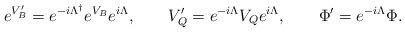
LaTeX: \begin{align*}e^{V_B'}=e^{-i\Lambda^\dagger}e^{V_B}e^{i\Lambda}, \qquad V_Q'=e^{-i\Lambda}V_Qe^{i\Lambda}, \qquad\Phi'=e^{-i\Lambda}\Phi.\end{align*}